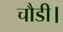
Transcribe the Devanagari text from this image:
चौडी।